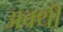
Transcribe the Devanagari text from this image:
अक्थी